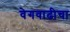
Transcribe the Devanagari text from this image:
वेगवाढीचा